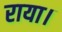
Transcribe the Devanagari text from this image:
राया।